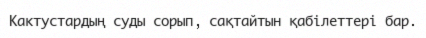
Кактустардың суды сорып, сақтайтын қабілеттері бар.